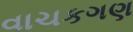
વાચકગણ